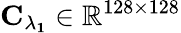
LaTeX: \mathbf{C_{\lambda_{1}}}\in\mathbb{R}^{128\times 128}